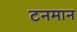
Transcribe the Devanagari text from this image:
टनमान